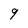
Character: 9